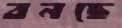
বনছে